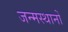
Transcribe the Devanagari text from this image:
जन्मस्थानों